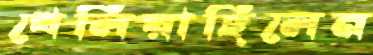
খেলিয়াছিলেন